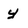
Character: y